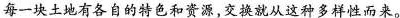
每一块土地有各自的特色和资源，交换就从这种多样性而来。